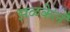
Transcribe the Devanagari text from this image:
झळकेलं